Vaccination report Assam 1896-1927 - 1896-1927
Year: 1896
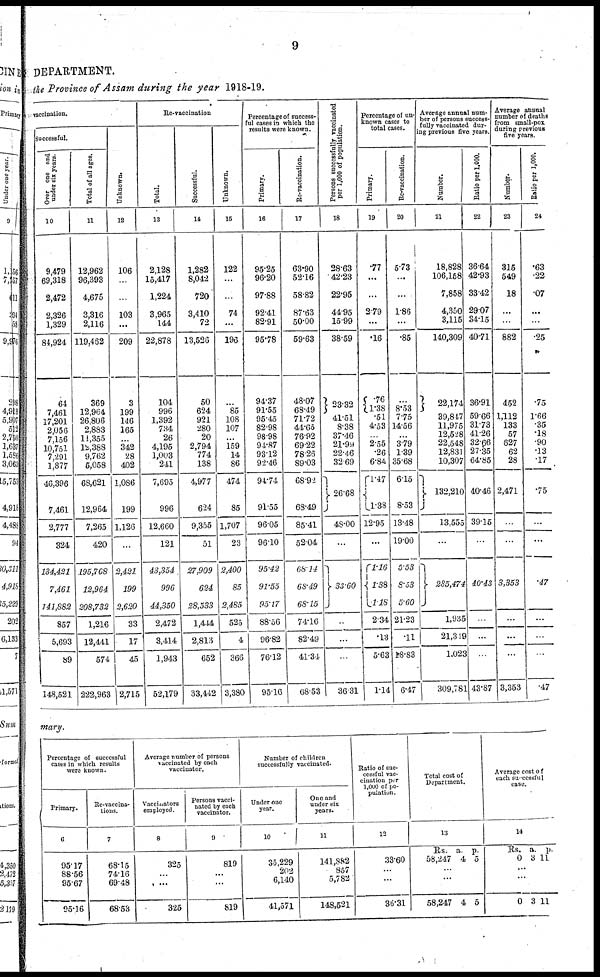
9
DEPARTMENT.
the Province of Assam during the year 1918-19.
vaccination.
Successful.
Over one and
under six years.
10
9,479
69,318
2,472
2,326
1,329
84,924
64
7,461
17,201
2,056
7,156
10,751
7,291
1,877
46,396
7,461
2,777
324
134,421
7,461
141,882
857
5,693
89
148,521
Total of all ages.
11
12,962
96,393
4,675
3,316
2,116
119,462
369
12,964
26,806
2,883
11,355
12,388
9,762
5,058
68,621
12,964
7,265
420
195,768
12,964
208,732
1,216
12,441
574
222,963
Unknown.
12
106
...
...
103
...
209
3
199
146
165
...
342
28
402
1,086
199
1,126
...
2,421
199
2,620
33
17
45
2,715
Re-vaccination
Total.
13
2,128
15,417
1,224
3,965
144
22,878
104
996
1,392
734
26
4,195
1,003
241
7,695
996
12,660
121
43,354
996
44,350
2,472
3,414
1,943
52,179
Successful.
14
1,282
8,042
720
3,410
72
13,526
50
624
921
280
20
2,794
774
138
4,977
624
9,355
51
27,909
624
28,533
1,444
2,813
652
33,442
Unknown.
15
122
...
...
74
...
196
...
85
108
107
...
159
14
86
474
85
1,707
23
2,400
85
2,485
525
4
366
3,380
Percentage of success-
ful cases in which the
results were known.
Primary.
16
95.25
96.20
97.88
92.41
82.91
95.78
94.37
91.55
95.45
82.98
98.98
94.87
93.12
92.46
94.74
91.55
96.05
96.10
95.42
91.55
95.17
88.56
96.82
76.12
95.16
Re-vaccination.
17
63.90
52.16
58.82
87.63
50.00
59.63
48.07
68.49
71.72
44.65
76.92
69.22
78.26
89.03
68.92
68.49
85.41
52.04
68.14
68.49
68.15
74.16
82.49
41.34
68.53
Persons successfully vaccinated
per 1,000 of population.
18
28.63
42.23
22.95
44.95
15.99
38.59
23.32
41.51
8.38
37.46
21.99
22.46
32.69
26.68
48.00
...
33.60
...
...
...
36.31
Percentage of un¬
known cases to
total cases.
Primary.
19
.77
...
...
2.79
...
.16
.76
1.38
.51
4.53
2.55
.26
6.84
1.47
1.38
12.95
...
1.16
1.38
1.18
2.34
.13
5.63
1.14
Re-vaccination.
20
5.73
...
...
1.86
...
.85
...
8.53
7.75
14.56
...
3.79
1.39
35.68
6.15
8.53
13.48
19.00
5.53
8.53
5.60
21.23
.11
18.83
6.47
Average annual num-
ber of persons success
fully vaccinated dur-
ing previous five years
Number.
21
18,828
106,158
7,858
4,350
3,115
140,309
22,174
39,847
11,975
12,528
22,548
12,831
10,307
132,210
13,555
...
285,474
l,935
21,319
1,023
309,781
Ratio per 1,000.
22
36.64
42.93
33.42
29.07
34.15
40.71
36.91
59.66
31.73
41.26
32.66
27.35
64.85
40.46
39.15
...
40.43
...
...
43.87
Average annual
number of deaths
from small-pox
during previous
five years.
Number.
23
315
549
18
...
...
882
452
1,112
133
57
627
62
28
2,471
...
...
3,353
...
...
...
3,353
Ratio per 1,000.
24
.63
.22
.07
...
...
.25
.75
1.66
.35
.18
.90
.13
.17
.75
...
...
.47
...
...
...
.47
mary.
Percentage of successful
cases in which results
were known.
Primary.
6
95.17
88.56
95.67
95.16
Re-vaccina-
tions.
7
68.15
74.16
69.48
68.53
Average number of persons
vaccinated by each
vaccinator.
Vaccinators
employed.
8
325
...
...
325
Persons vacci-
nated by each
vaccinator.
9
819
...
...
819
Number of children
successfully vaccinated.
Under one
year.
10
35,229
202
6,140
41,571
One and
under six
years.
11
141,882
857
5,782
148,521
Ratio of suc-
cessful vac-
cination per
1,000 of po-
pulation.
12
33.60
...
...
36.31
Total cost of
Department.
13
Rs.
58,247
a.
4
p.
5
...
...
58,247 4 5
Average cost of
each successful
case.
14
Rs.
0
a.
3
p.
11
...
...
0 3 11